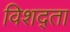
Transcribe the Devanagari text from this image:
विशद्ता